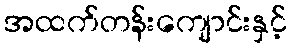
အထက်တန်းကျောင်းနှင့်